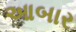
આબાર